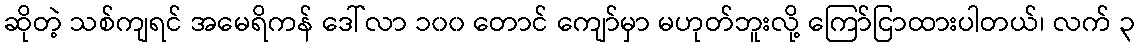
ဆိုတဲ့ သစ်ကျရင် အမေရိကန် ဒေါ်လာ ၁၀၀ တောင် ကျော်မှာ မဟုတ်ဘူးလို့ ကြော်ငြာထားပါတယ်၊ လက် ၃